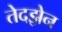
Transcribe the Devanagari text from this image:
तेदझ़ेन